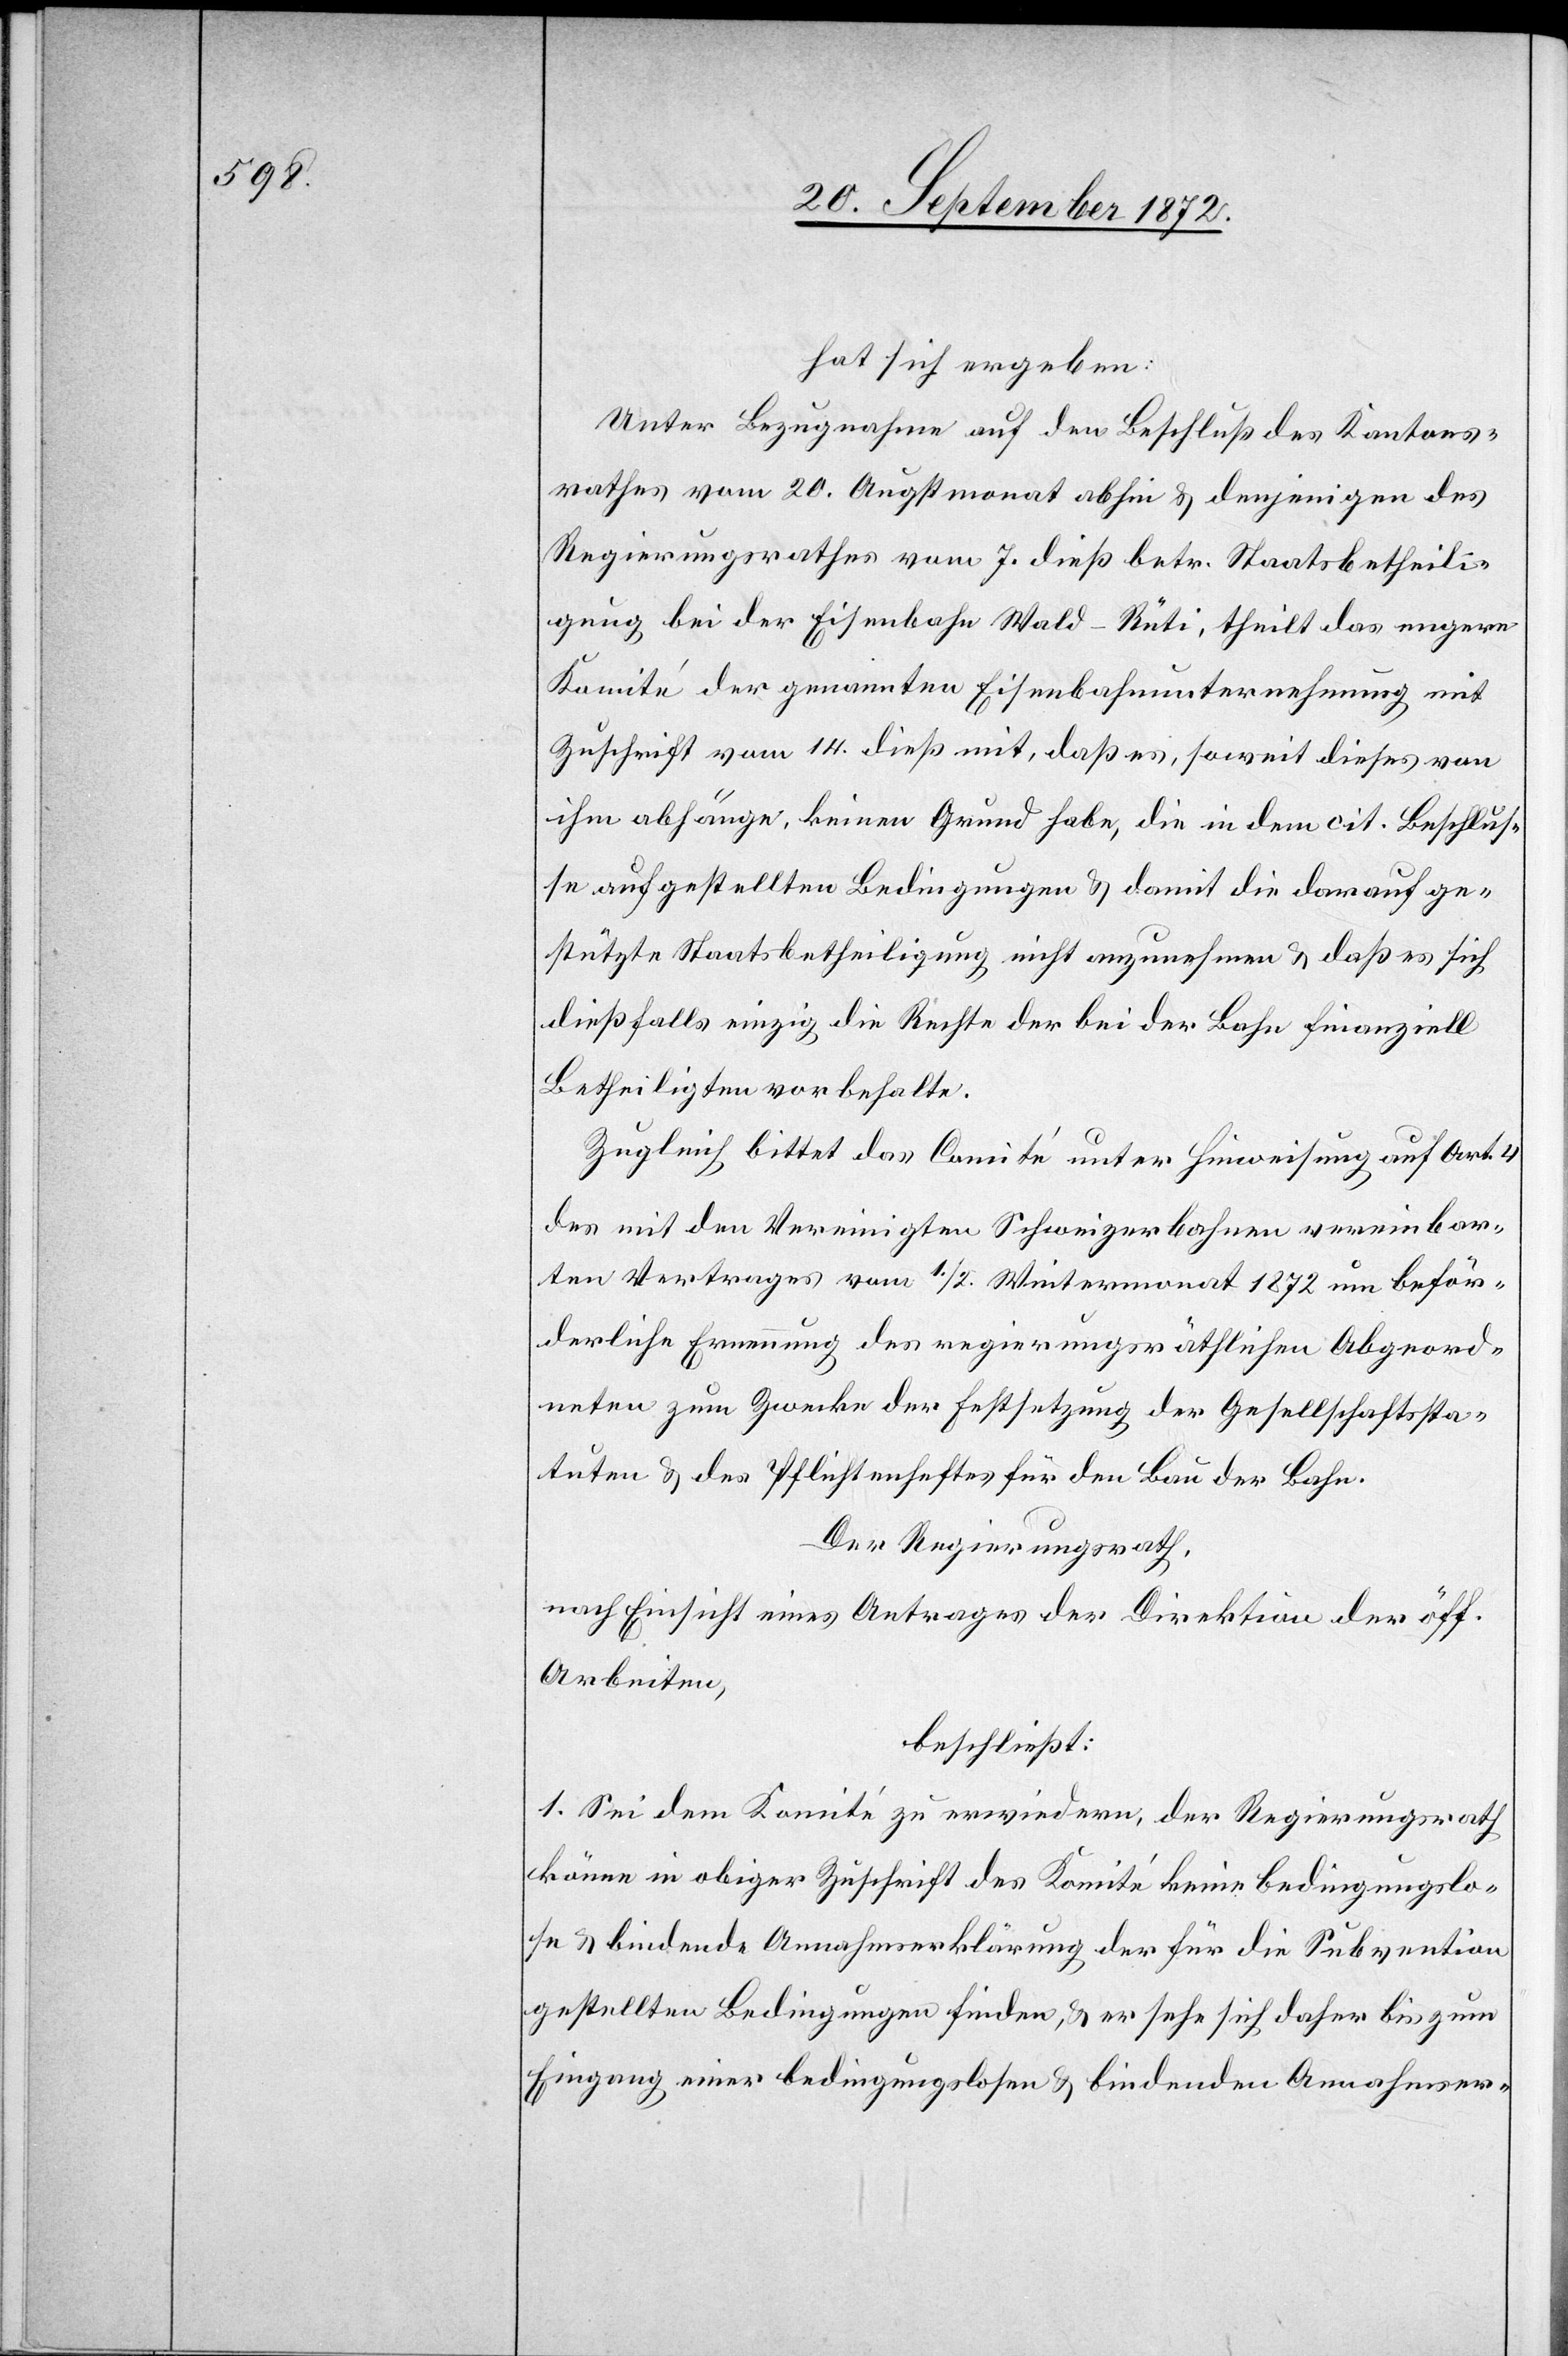
hat sich ergeben:
Unter Bezugnahme auf den Beschluß des Kantons¬
rathes vom 20. Augstmonat abhin u. denjenigen des
Regierungsrathes vom 7. dieß betr. Staatsbetheili¬
gung bei der Eisenbahn Wald–Rüti, theilt das engere
Komité der genannten Eisenbahnunternehmung mit
Zuschrift vom 14. dieß mit, daß es, soweit dieses von
ihm abhänge, keinen Grund habe, die in dem cit. Beschlus¬
se aufgestellten Bedingungen u. damit die darauf ge¬
stützte Staatsbetheiligung nicht anzunehmen u. daß es sich
dießfalls einzig die Rechte der bei der Bahn finanziell
Betheiligten vorbehalte.
Zugleich bittet das Comité unter Hinweisung auf Art. 4
des mit den Vereinigten Schweizerbahnen vereinbar¬
ten Vertrags vom 1./2. Wintermonat 1872 um beför¬
derliche Ernennung des regierungsräthlichen Abgeord¬
neten zum Zwecke der Festsetzung der Gesellschaftssta¬
tuten u. des Pflichtenheftes für den Bau der Bahn.
Der Regierungsrath,
nach Einsicht eines Antrages der Direktion der öff.
Arbeiten,
beschließt:
1. Sei dem Komité zu erwiedern, der Regierungsrath
könne in obiger Zuschrift des Komité keine bedingungslo¬
se u. bindende Annahmserklärung der für die Subvention
gestellten Bedingungen finden, u. er sehe sich daher bis zum
Eingang einer bedingungslosen u. bindenden Annahmser-